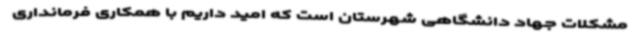
مشکلات جهاد دانشگاهی شهرستان است که امید داریم با همکاری فرمانداری